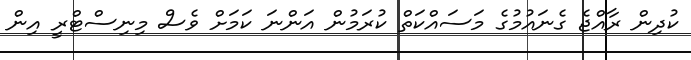
ކުދިން ރާއްޖެ ގެނައުމުގެ މަސައްކަތް ކުރަމުން އަންނަ ކަމަށް ވެސް މިިނިސްޓްރީ އިން